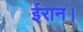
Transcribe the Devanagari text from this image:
ईरान।